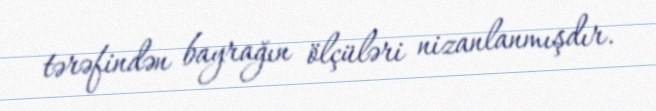
tərəfindən bayrağın ölçüləri nizanlanmışdır.